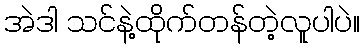
အဲဒါ သင်နဲ့ထိုက်တန်တဲ့လူပါပဲ။